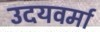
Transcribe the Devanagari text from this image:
उदयवर्मा